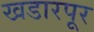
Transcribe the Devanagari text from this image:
खडारपूर